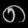
Digit: ၈